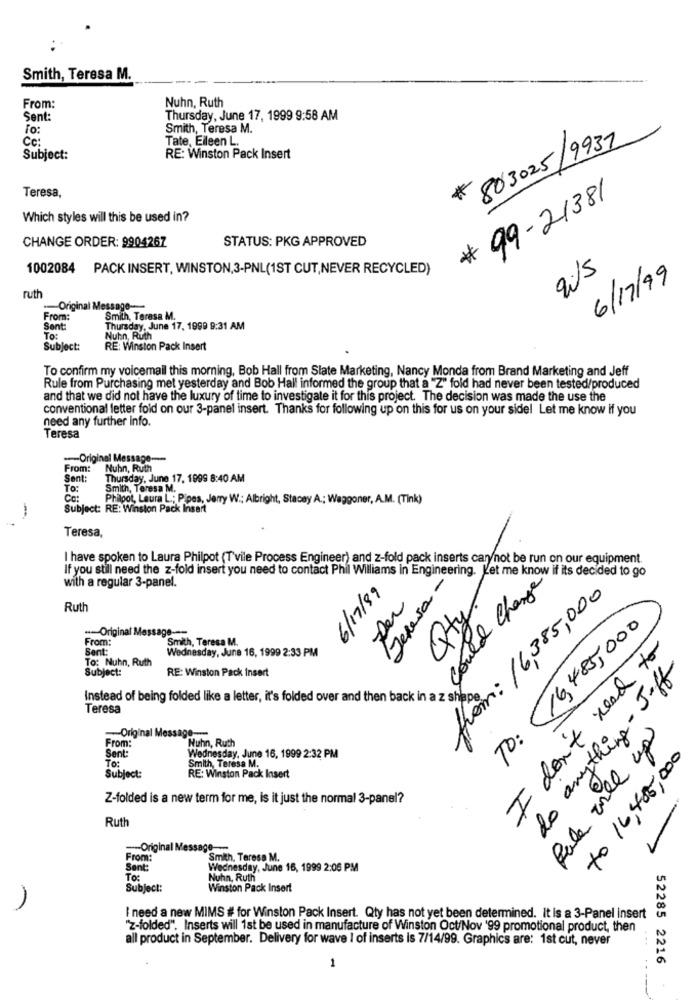
Smith, Teresa M.
From:
Nuhn, Ruth
Sent:
Thursday, June 17, 1999 9:58 AM
To:
Smith, Teresa M.
Cc:
Tate, Eileen L.
# 803025/ 9937
Subject:
RE: Winston Pack Insert
Teresa,
# 99-21381
Which styles will this be used in?
CHANGE ORDER: 9904267
STATUS: PKG APPROVED
1002084 PACK INSERT, WINSTON,3-PNL(1ST CUT,NEVER RECYCLED)
6/17/99
ruth
-- Original Message ---
From:
Smith, Teresa M.
Sent
Thursday, June 17, 1999 9:31 AM
To:
Nuhn, Ruth
Subject:
RE: Winston Pack Insert
To confirm my voicemail this morning, Bob Hall from Slate Marketing, Nancy Monda from Brand Marketing and Jeff
Rule from Purchasing met yesterday and Bob Hall informed the group that a "Z" fold had never been tested/produced
and that we did not have the luxury of time to investigate it for this project. The decision was made the use the
conventional fetter fold on our 3-panel insert. Thanks for following up on this for us on your side! Let me know if you
need any further info.
Teresa
--- Original Message --
From: Nuhn, Ruth
Sent:
Thursday, June 17, 1999 8:40 AM
To:
Smith, Teresa M.
Co:
Philpot, Laura L .; Pipes, Jerry W .; Albright, Stacey A .; Waggoner, A.M. (Tink)
Subject: RE: Winston Pack Insert
Teresa,
I have spoken to Laura Philpot (T vile Process Engineer) and z-fold pack inserts cany not be run on our equipment.
If you still need the z-fold insert you need to contact Phil Williams in Engineering. Let me know if its decided to go
Jenesa -
with a regular 3-panel.
Could Change
6/17/89
from: 16,385,000
per
Ruth
Qty
16,485,000
--- Original Message ---
From:
Smith, Teresa M.
Sent:
Wednesday, June 16, 1999 2:33 PM
I don't need to
To: Nuhn, Ruth
Subject:
RE: Winston Pack Insert
do anything-Jeff
Instead of being folded like a letter, it's folded over and then back in a z shap
Teresa
-Original Message ---
TO :
Rule will up
From:
Huhn, Ruth
Sent:
Smith, Teresa M.
Wednesday, June 16, 1999 2:32 PM
to 16,405,000
To:
Subject:
RE: Winston Pack Insert
Z-folded is a new term for me, is it just the normal 3-panel?
Ruth
--- Original Mess
From:
Smith, Teresa M.
Sent:
Wednesday, June 16, 1999 2:06 PM
To:
Nuhn, Ruth
Subject:
Winston Pack Insert
I need a new MIMS # for Winston Pack Insert. Qty has not yet been determined. It is a 3-Panel insert
...
"Z-folded". Inserts will 1st be used in manufacture of Winston Oct/Nov '99 promotional product, then
all product in September. Delivery for wave I of inserts is 7/14/99. Graphics are: 1st cut, never
52285 2216